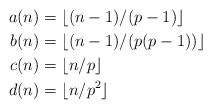
LaTeX: \begin{align*}a(n)&=\lfloor (n-1)/(p-1) \rfloor\\b(n)&=\lfloor (n-1)/(p(p-1)) \rfloor\\c(n)&=\lfloor n/p \rfloor\\d(n)&=\lfloor n/p^{2} \rfloor\end{align*}